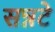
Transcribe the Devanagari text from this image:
सन्नटे